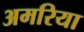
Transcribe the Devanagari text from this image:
अमरिया